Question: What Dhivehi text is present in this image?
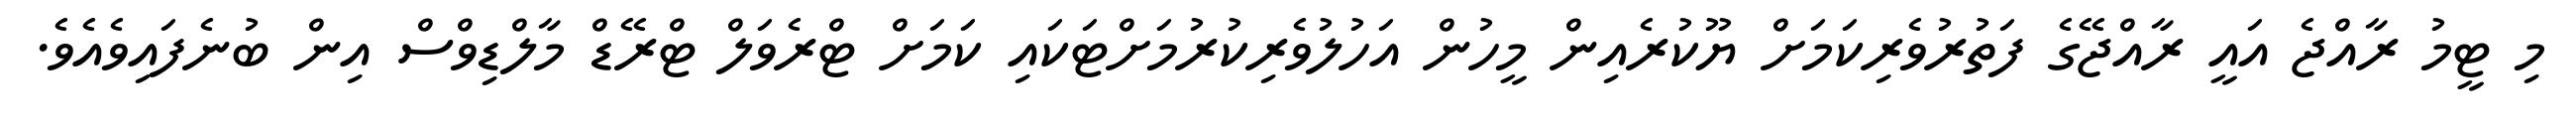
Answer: މި ޓީމު ރާއްޖެ އައީ ރާއްޖޭގެ ފަތުރުވެރިކަމަށް ޔޫކުރެއިން މީހުން އަހުލުވެރިކުރުމަށްޓަކައި ކަމަށް ޓްރެވަލް ޓްރޭޑް މާލްޑިވްސް އިން ބުނެފައިވެއެވެ.